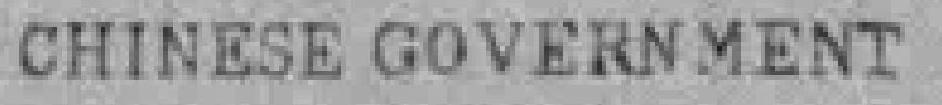
CHINESE GOVERNMENT